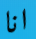
انا